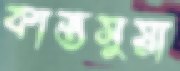
কাস্তসুয়া